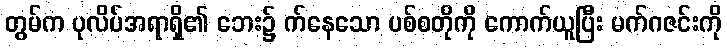
တွမ်က ပုလိပ်အရာရှိ၏ ဘေး၌ က်နေသော ပစ်စတိုကို ကောက်ယူပြီး မက်ဂဇင်းကို